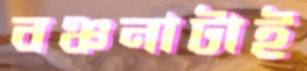
বঞ্চনাটাই